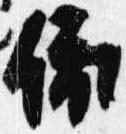
依